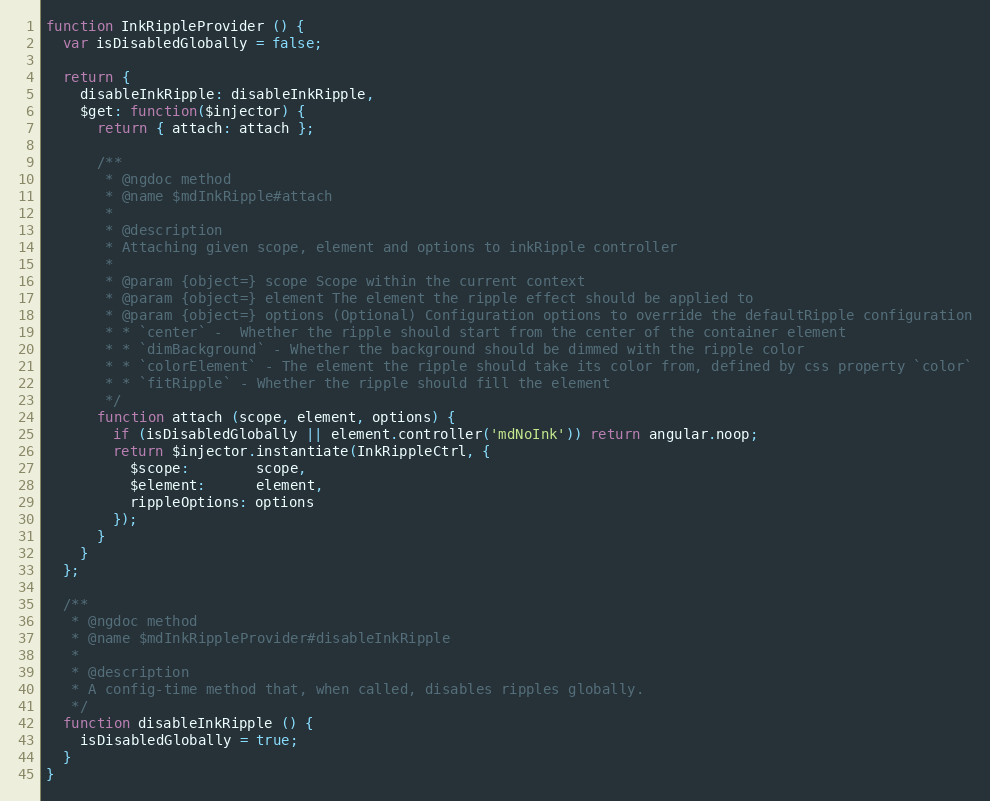
Language: JavaScript
function InkRippleProvider () {
  var isDisabledGlobally = false;

  return {
    disableInkRipple: disableInkRipple,
    $get: function($injector) {
      return { attach: attach };

      /**
       * @ngdoc method
       * @name $mdInkRipple#attach
       *
       * @description
       * Attaching given scope, element and options to inkRipple controller
       *
       * @param {object=} scope Scope within the current context
       * @param {object=} element The element the ripple effect should be applied to
       * @param {object=} options (Optional) Configuration options to override the defaultRipple configuration
       * * `center` -  Whether the ripple should start from the center of the container element
       * * `dimBackground` - Whether the background should be dimmed with the ripple color
       * * `colorElement` - The element the ripple should take its color from, defined by css property `color`
       * * `fitRipple` - Whether the ripple should fill the element
       */
      function attach (scope, element, options) {
        if (isDisabledGlobally || element.controller('mdNoInk')) return angular.noop;
        return $injector.instantiate(InkRippleCtrl, {
          $scope:        scope,
          $element:      element,
          rippleOptions: options
        });
      }
    }
  };

  /**
   * @ngdoc method
   * @name $mdInkRippleProvider#disableInkRipple
   *
   * @description
   * A config-time method that, when called, disables ripples globally.
   */
  function disableInkRipple () {
    isDisabledGlobally = true;
  }
}